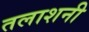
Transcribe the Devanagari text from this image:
तलाशनी